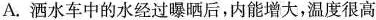
A.洒水车中的水经过曝晒后，内能增大，温度很高